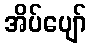
အိပ်ပျော်